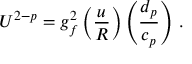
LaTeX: U ^ { 2 - p } = g _ { f } ^ { 2 } \left( { \frac { u } { \cal R } } \right) \left( { \frac { d _ { p } } { c _ { p } } } \right) \, .